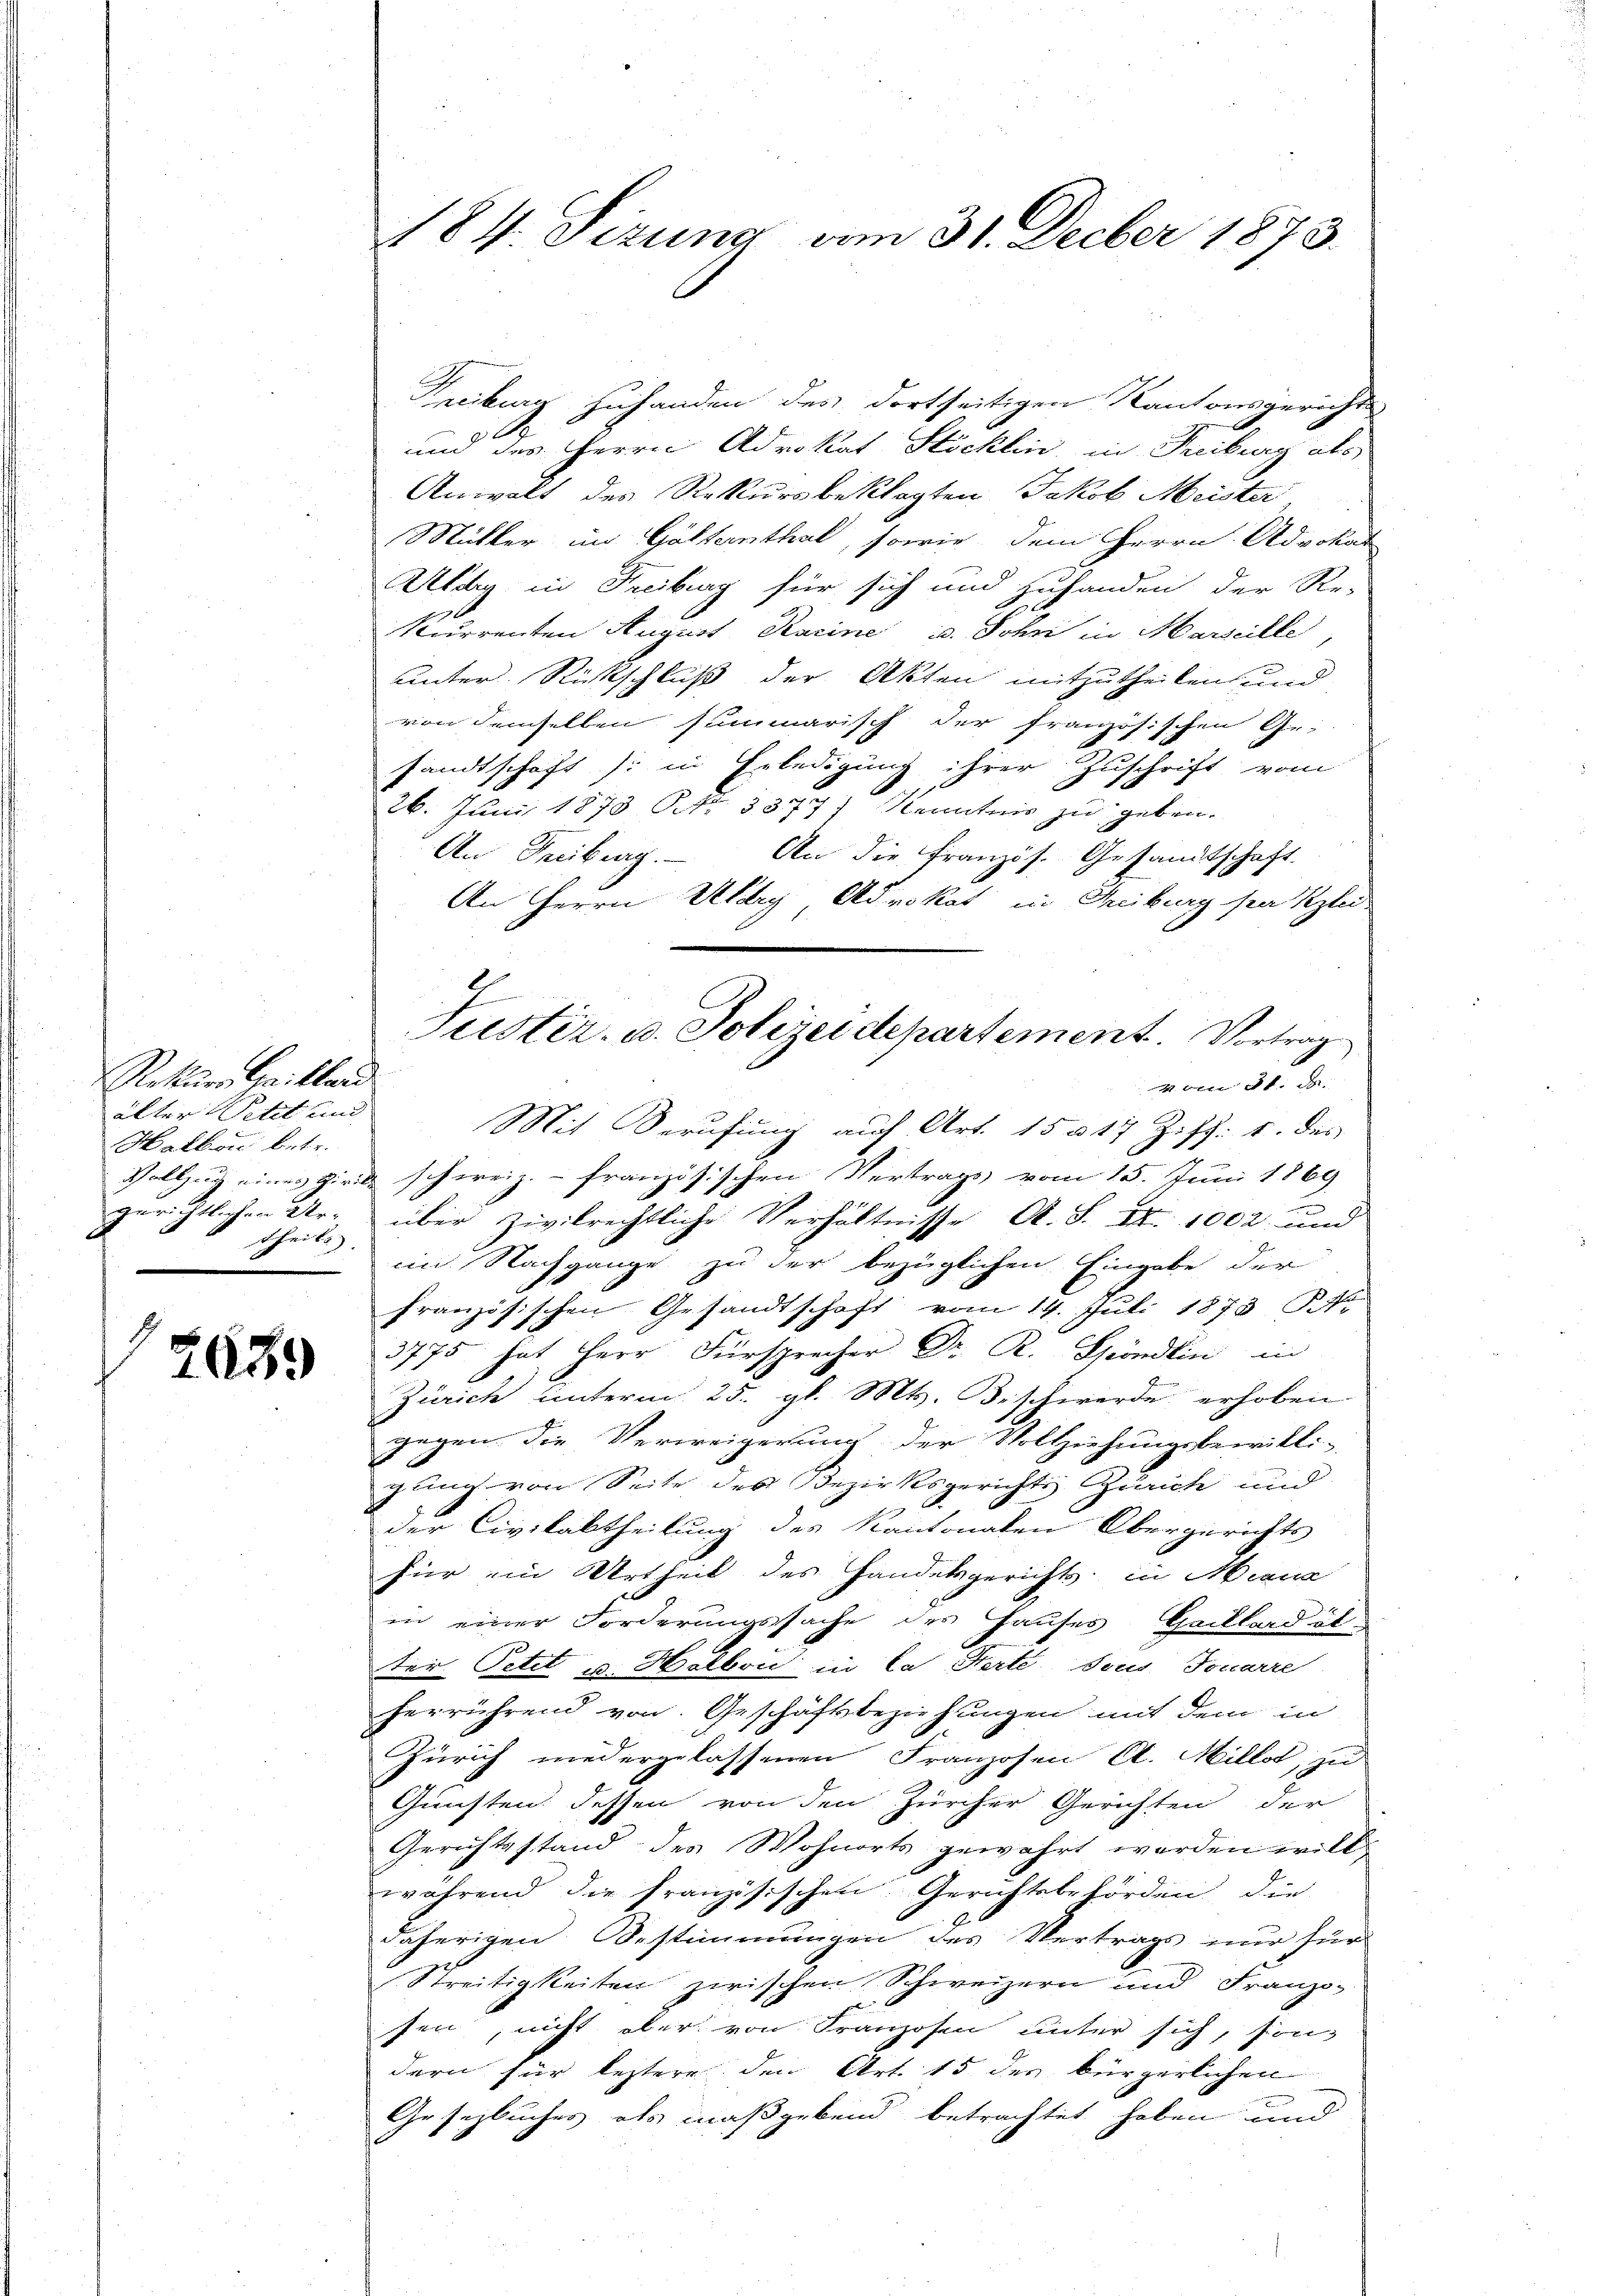
Rekurs Caitleid.
älter Petit und
Halkon betr.
theils.

2639

Treiburg zuhanden des dortseitigen Kantonsgericht
und des Herrn Advokat Stöcklin, in Freiburg als
Anwalt des Rekursbeklagten Jakob Meister
Müller in Gästernthal, sowie dem Herrn Advokat
Ardig in Freiburg für sich und zuhanden der Re-
kurrenten August Karine u. John in Marseille
unter Rückschluß der Akten mitzutheilen und
von demselben summarisch der französischen Gr.
sandtschaft (: in Erledigung ihrer Zuschrift vom
26. Juni 1873 NNo. 3377) Kenntnis zu geben.
An Freiburg. An die Französ. Gesandtschaft.
An Herrn Ury Advokat in Treiburg sei Kzlei.
e
4 bere d. d.
Mit Berufung auf Art. 15 § 17 Ziff. 1. das
Vollzug eines Zirke schweiz.- französischen Vertrags vom 15. Juni 1869
gerichtlichen Ur- über zivilrechtliche Verhältnisse A. S. Nr. 1002 und
im Nachgange zu der bezüglichen Eingabe der
französischen Gesandtschaft vom 14. Juli 1873 No
3775 hat Herr Fürsprecher Dr. R. Spöndlin in
Zürich unterm 25. gl. Mts. Beschwerde erhoben
gegen die Verweigerung der Vollziehungsbewilli-
gling von Seite des Bezirksgerichts Zürich und
der Civilabtheilung des Kantonalen Obergerichts
für ein Urtheil des Handelsgerichts, in Mana
in einer Forderungssache des Hauses Gaillardät-
ter Petit u. Halbou in la Serte sous Tonarre
herrührend von Geschäftsbeziehungen mit dem in
Zürich niedergelassenen Franzosen A. Millet, zu
Gunsten dessen von den Zürcher Gerichten der
Gerichtsstand des Wohnorts gewahrt werden will,
während die französischen Gerichtsbehörden die
daherigen Bestimmungen des Vertrags nur für
Streitigkeiten zwischen Schweizern und Franzo-
sen, nicht aber von Franzosen unter sich, sondern für leztere den Art. 15 des bürgerlichen
Gesetzbuches als maßgebend betrachtet haben und

184. Sizung vom 31. Decber 1873.

2
Justiz- u. Polizeidepartement. Vortrag